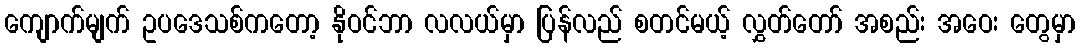
ကျောက်မျက် ဥပဒေသစ်ကတော့ နိုဝင်ဘာ လလယ်မှာ ပြန်လည် စတင်မယ့် လွှတ်တော် အစည်း အဝေး တွေမှာ